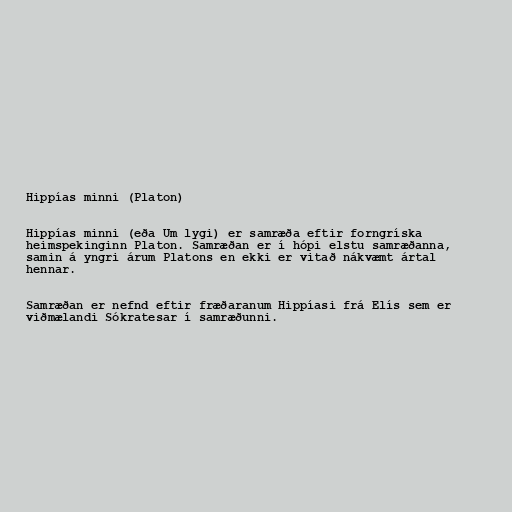
Hippías minni (Platon)

Hippías minni (eða Um lygi) er samræða eftir forngríska
heimspekinginn Platon. Samræðan er í hópi elstu samræðanna,
samin á yngri árum Platons en ekki er vitað nákvæmt ártal
hennar.

Samræðan er nefnd eftir fræðaranum Hippíasi frá Elís sem er
viðmælandi Sókratesar í samræðunni.